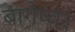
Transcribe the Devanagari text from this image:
बागेष्वर